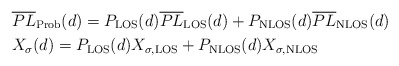
\begin{align*}&\overline{PL}_{\rm Prob}(d) = P_{\mathrm{LOS}}(d) \overline{PL}_{\rm LOS}(d)+P_{\mathrm{NLOS}}(d) \overline{PL}_{\rm NLOS}(d)\\ & X_{\sigma}(d) = P_{\mathrm{LOS}}(d) X_{\sigma,\rm LOS}+ P_{\mathrm{NLOS}}(d) X_{\sigma,\rm NLOS}\end{align*}